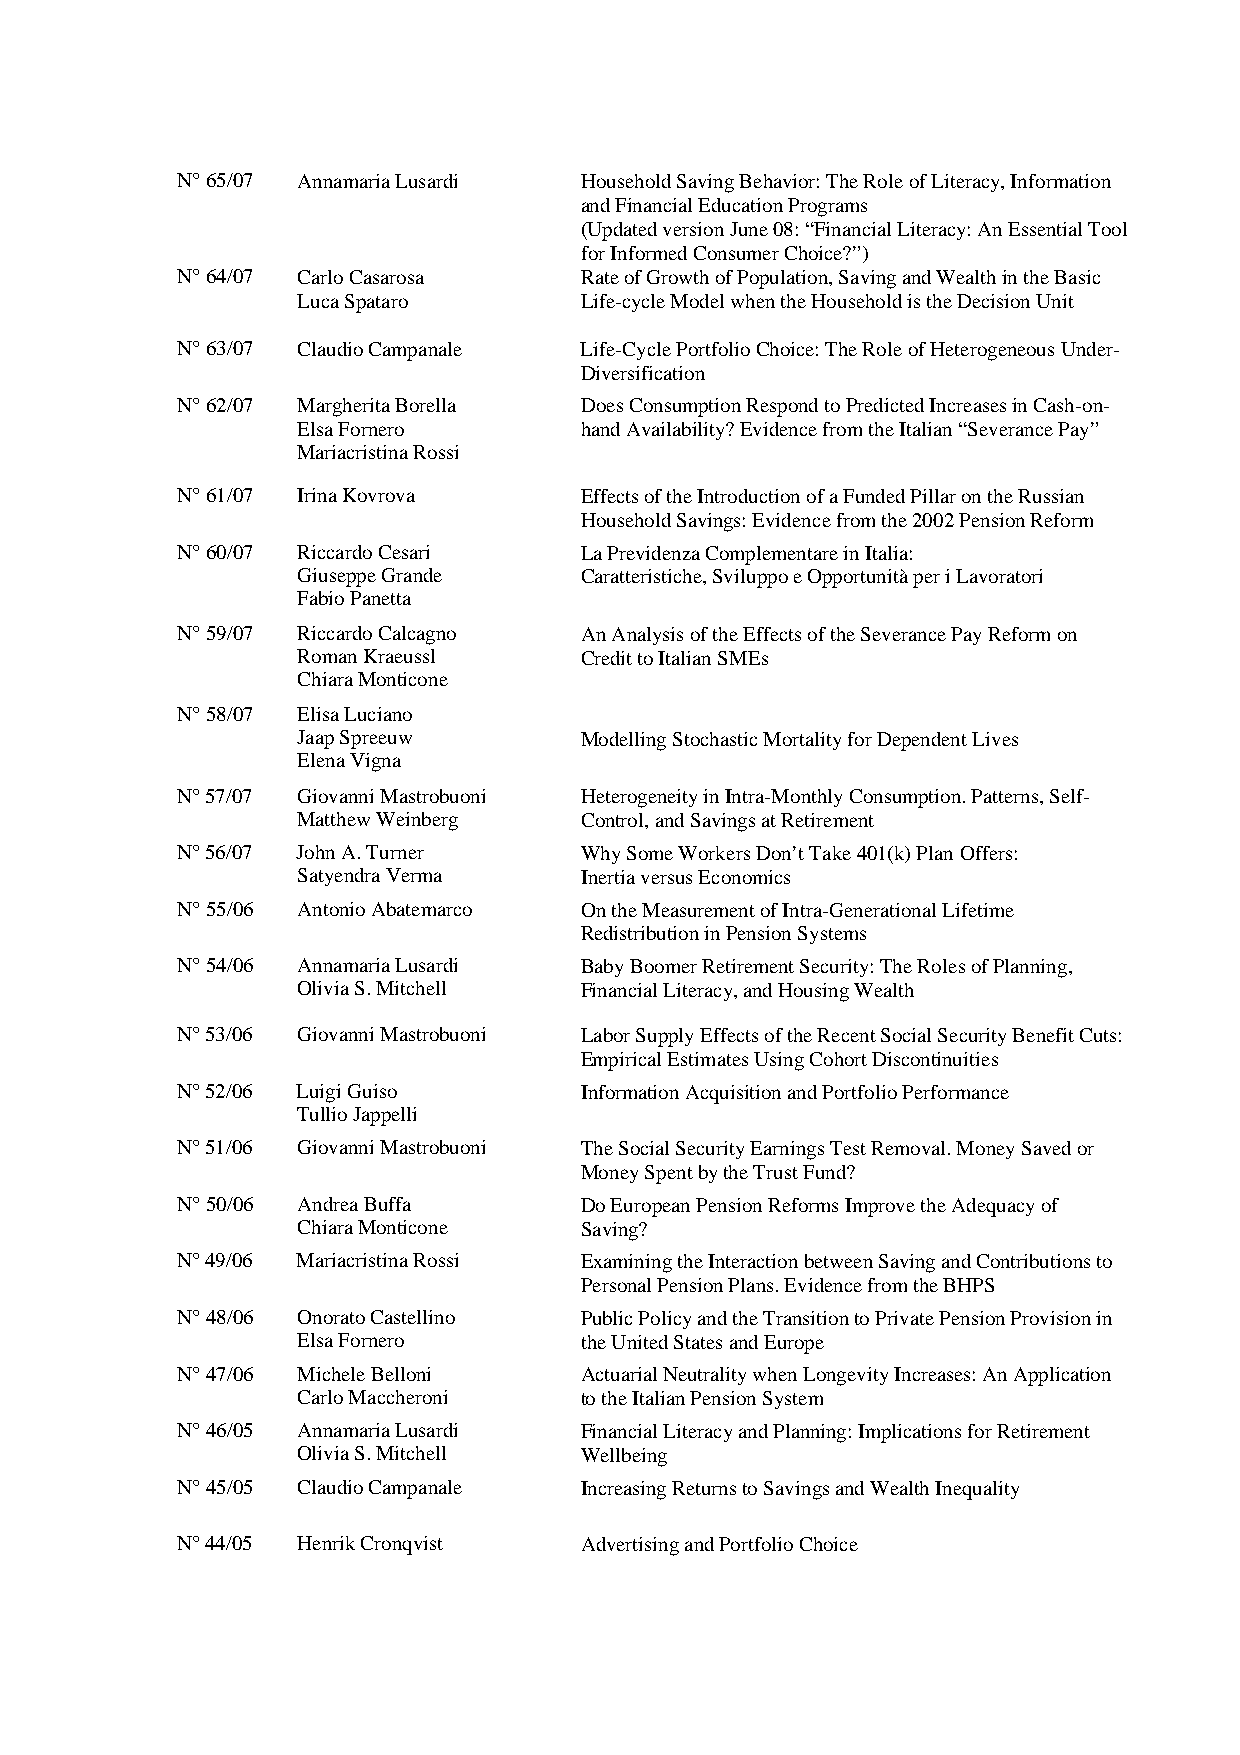
N° 65/07 Annamaria Lusardi Household Saving Behavior: The Role of Literacy, Information
 and Financial Education Programs
 (Updated version June 08: “Financial Literacy: An Essential Tool
 for Informed Consumer Choice?”)
 N° 64/07 Carlo Casarosa   Rate of Growth of Population, Saving and Wealth in the Basic
 Luca Spataro      Life-cycle Model when the Household is the Decision Unit
 N° 63/07 Claudio Campanale Life-Cycle Portfolio Choice: The Role of Heterogeneous Under-
 Diversification
 N° 62/07 Margherita Borella Does Consumption Respond to Predicted Increases in Cash-on-
 Elsa Fornero      hand Availability? Evidence from the Italian “Severance Pay”
 Mariacristina Rossi
 N° 61/07 Irina Kovrova    Effects of the Introduction of a Funded Pillar on the Russian
 Household Savings: Evidence from the 2002 Pension Reform
 N° 60/07 Riccardo Cesari  La Previdenza Complementare in Italia:
 Giuseppe Grande   Caratteristiche, Sviluppo e Opportunità per i Lavoratori
 Fabio Panetta
 N° 59/07 Riccardo Calcagno An Analysis of the Effects of the Severance Pay Reform on
 Roman Kraeussl    Credit to Italian SMEs
 Chiara Monticone
 N° 58/07 Elisa Luciano
 Jaap Spreeuw      Modelling Stochastic Mortality for Dependent Lives
 Elena Vigna
 N° 57/07 Giovanni Mastrobuoni Heterogeneity in Intra-Monthly Consumption. Patterns, Self-
 Matthew Weinberg  Control, and Savings at Retirement
 N° 56/07 John A. Turner   Why Some Workers Don’t Take 401(k) Plan Offers:
 Satyendra Verma   Inertia versus Economics
 N° 55/06 Antonio Abatemarco On the Measurement of Intra-Generational Lifetime
 Redistribution in Pension Systems
 N° 54/06 Annamaria Lusardi Baby Boomer Retirement Security: The Roles of Planning,
 Olivia S. Mitchell Financial Literacy, and Housing Wealth
 N° 53/06 Giovanni Mastrobuoni Labor Supply Effects of the Recent Social Security Benefit Cuts:
 Empirical Estimates Using Cohort Discontinuities
 N° 52/06 Luigi Guiso      Information Acquisition and Portfolio Performance
 Tullio Jappelli
 N° 51/06 Giovanni Mastrobuoni The Social Security Earnings Test Removal. Money Saved or
 Money Spent by the Trust Fund?
 N° 50/06 Andrea Buffa     Do European Pension Reforms Improve the Adequacy of
 Chiara Monticone  Saving?
 N° 49/06 Mariacristina Rossi Examining the Interaction between Saving and Contributions to
 Personal Pension Plans. Evidence from the BHPS
 N° 48/06 Onorato Castellino Public Policy and the Transition to Private Pension Provision in
 Elsa Fornero      the United States and Europe
 N° 47/06 Michele Belloni  Actuarial Neutrality when Longevity Increases: An Application
 Carlo Maccheroni  to the Italian Pension System
 N° 46/05 Annamaria Lusardi Financial Literacy and Planning: Implications for Retirement
 Olivia S. Mitchell Wellbeing
 N° 45/05 Claudio Campanale Increasing Returns to Savings and Wealth Inequality
 N° 44/05 Henrik Cronqvist Advertising and Portfolio Choice